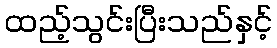
ထည့်သွင်းပြီးသည်နှင့်